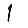
Digit: 1